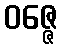
ဝဇ္ဇေ